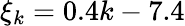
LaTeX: \xi_{k}=0.4k-7.4